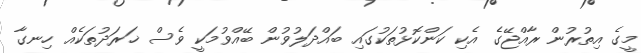
މީގެ އިތުރުން ރާއްޖޭގެ އެކި ކަންކޮޅުތަކުގައި ބައްދަލުވުން ބޭއްވުމަކީ ވެސް ޚަރަދުތަކެއް ހިނގާ